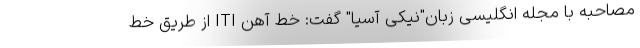
مصاحبه با مجله انگلیسی زبان"نیکی آسیا" گفت: خط آهن ITI از طریق خط